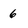
Character: 6